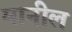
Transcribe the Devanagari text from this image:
मानील